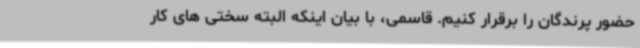
حضور پرندگان را برقرار کنیم. قاسمی، با بیان اینکه البته سختی های کار